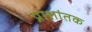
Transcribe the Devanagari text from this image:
प्राशांतक